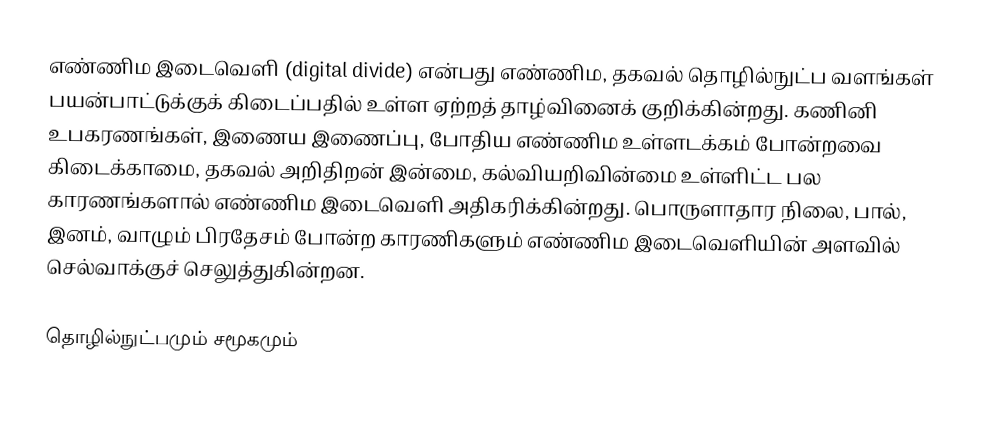
எண்ணிம இடைவெளி (digital divide) என்பது எண்ணிம, தகவல் தொழில்நுட்ப வளங்கள் பயன்பாட்டுக்குக் கிடைப்பதில் உள்ள ஏற்றத் தாழ்வினைக் குறிக்கின்றது. கணினி உபகரணங்கள், இணைய இணைப்பு, போதிய எண்ணிம உள்ளடக்கம் போன்றவை கிடைக்காமை, தகவல் அறிதிறன் இன்மை, கல்வியறிவின்மை உள்ளிட்ட பல காரணங்களால் எண்ணிம இடைவெளி அதிகரிக்கின்றது. பொருளாதார நிலை, பால், இனம், வாழும் பிரதேசம் போன்ற காரணிகளும் எண்ணிம இடைவெளியின் அளவில் செல்வாக்குச் செலுத்துகின்றன.

தொழில்நுட்பமும் சமூகமும்